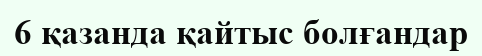
6 қазанда қайтыс болғандар